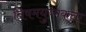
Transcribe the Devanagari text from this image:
विषमयुग्मकता